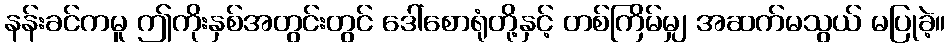
နန်းခင်ကမူ ဤကိုးနှစ်အတွင်းတွင် ဒေါ်စောရုံတို့နှင့် တစ်ကြိမ်မျှ အဆက်မသွယ် မပြုခဲ့။